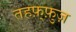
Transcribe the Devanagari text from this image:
तहफ़्फ़ुज़